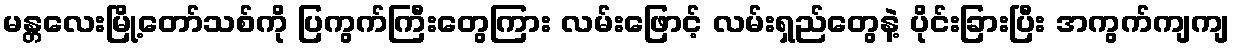
မန္တလေးမြို့တော်သစ်ကို ပြကွက်ကြီးတွေကြား လမ်းဖြောင့် လမ်းရှည်တွေနဲ့ ပိုင်းခြားပြီး အကွက်ကျကျ